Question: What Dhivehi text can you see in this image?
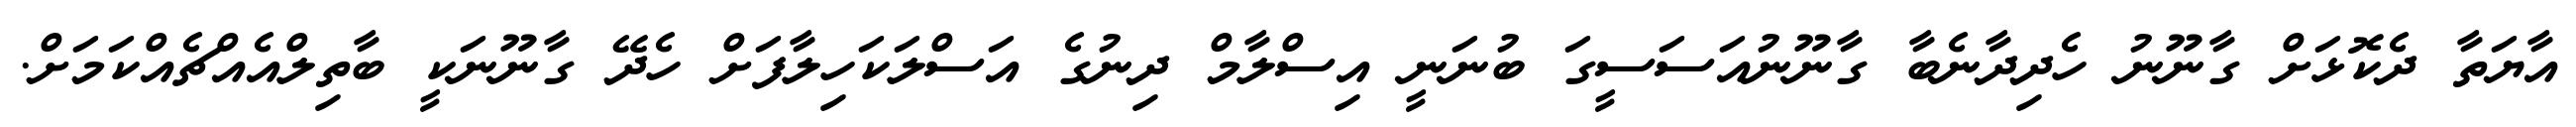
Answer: އާޔަތާ ދެކޮޅަށް ގާނޫނު ހެދިދާނެބާ ގާނޫނުއަސަސީގަ ބުނަނީ އިސްލާމް ދިނުގެ އަސްލަކަހިލާފަށް ހެދޭ ގާނޫނަކީ ބާތިލްއެއްޗެއްކަމަށް.